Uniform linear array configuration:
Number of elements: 64
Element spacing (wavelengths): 0.25
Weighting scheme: hamming
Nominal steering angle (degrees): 0
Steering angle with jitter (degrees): -1.0
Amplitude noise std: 0.05
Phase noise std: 0.05

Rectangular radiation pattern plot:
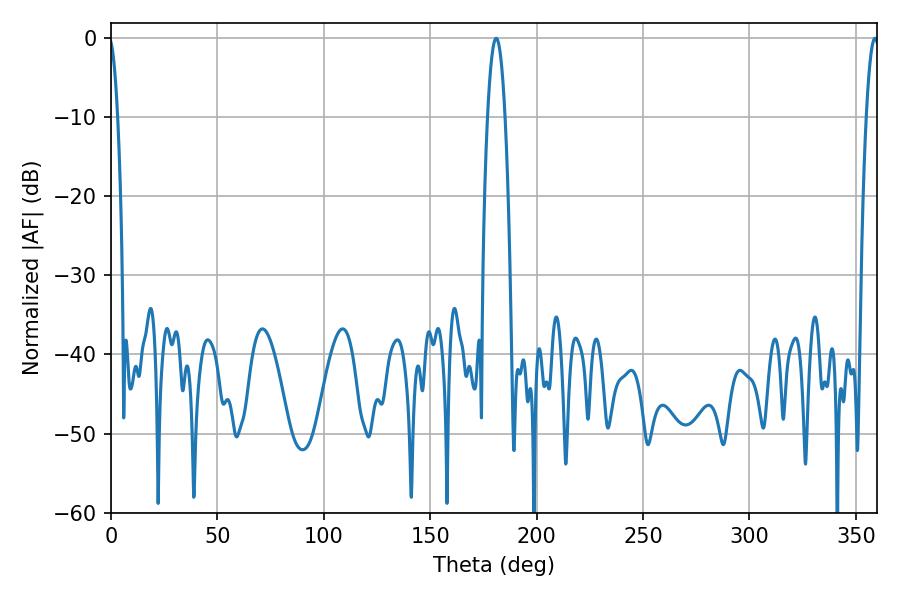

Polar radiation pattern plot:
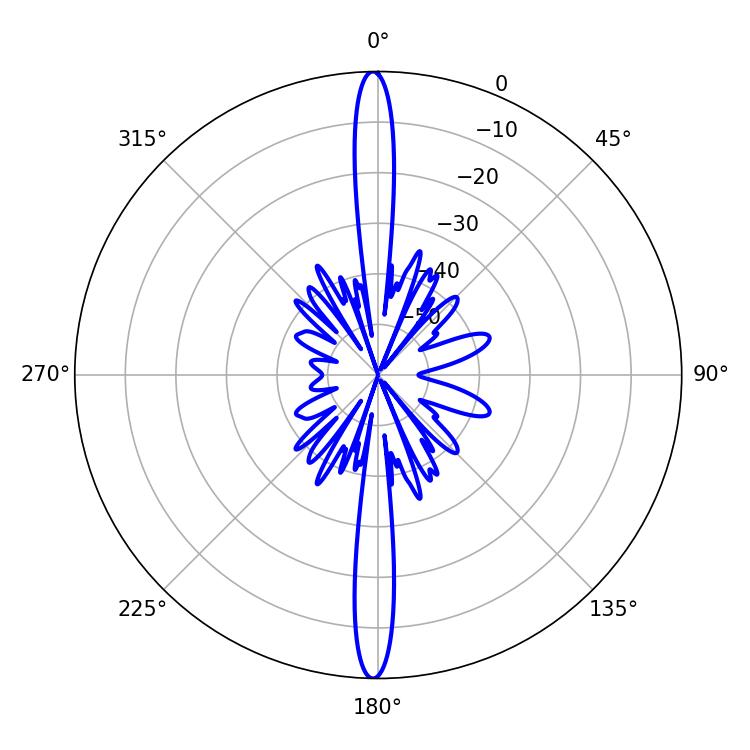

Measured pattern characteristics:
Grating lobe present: FALSE
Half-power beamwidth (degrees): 3.24
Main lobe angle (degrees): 358.92